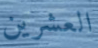
العشرين